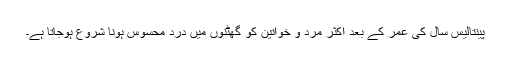
پینتالیس سال کی عمر کے بعد اکثر مرد و خواتین کو گھٹنوں میں درد محسوس ہونا شروع ہوجاتا ہے۔